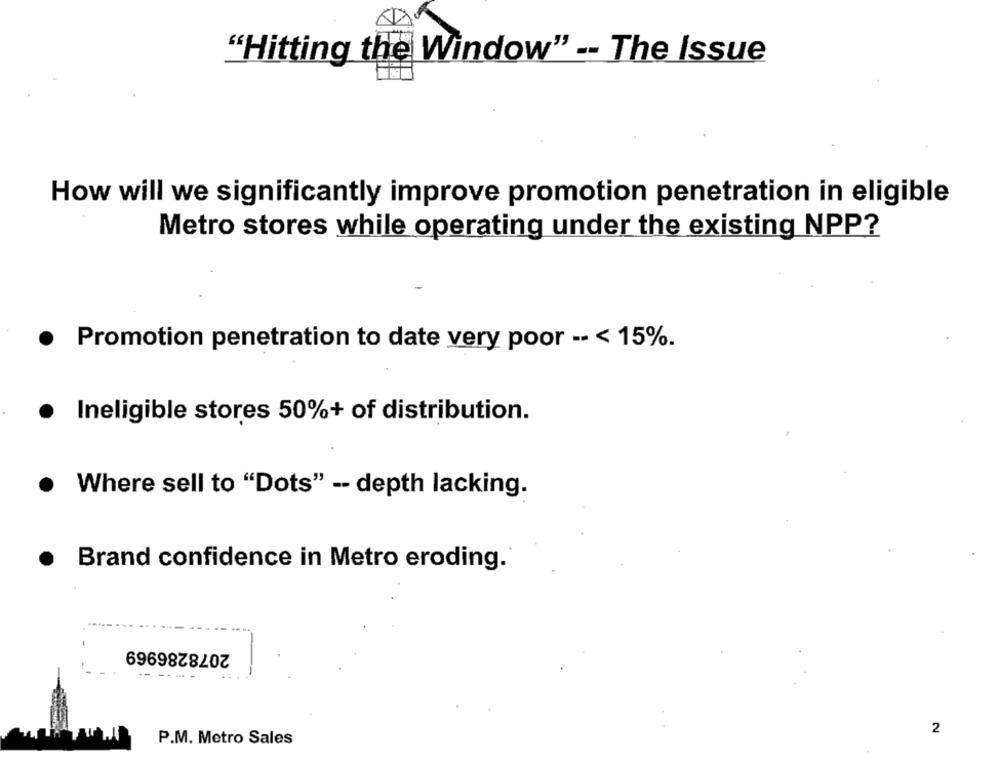
"Hitting the Window" -- The Issue
How will we significantly improve promotion penetration in eligible
Metro stores while operating under the existing NPP?
Promotion penetration to date very poor -- < 15%.
Ineligible stores 50%+ of distribution.
Where sell to "Dots" - depth lacking.
Brand confidence in Metro eroding.
2078286969
-- -- - -
2
P.M. Metro Sales